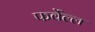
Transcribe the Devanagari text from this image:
फर्वेल्ल